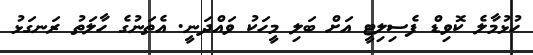
ހުޅުމާލެ ކޮވިޑް ފެސިލިޓީ އަށް ބަލި މީހަކު ވައްދަނީ. އެތަނުގެ ހާލަތު ރަނގަޅު